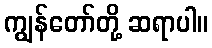
ကျွန်တော်တို့ ဆရာပါ။